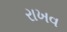
રાખવ